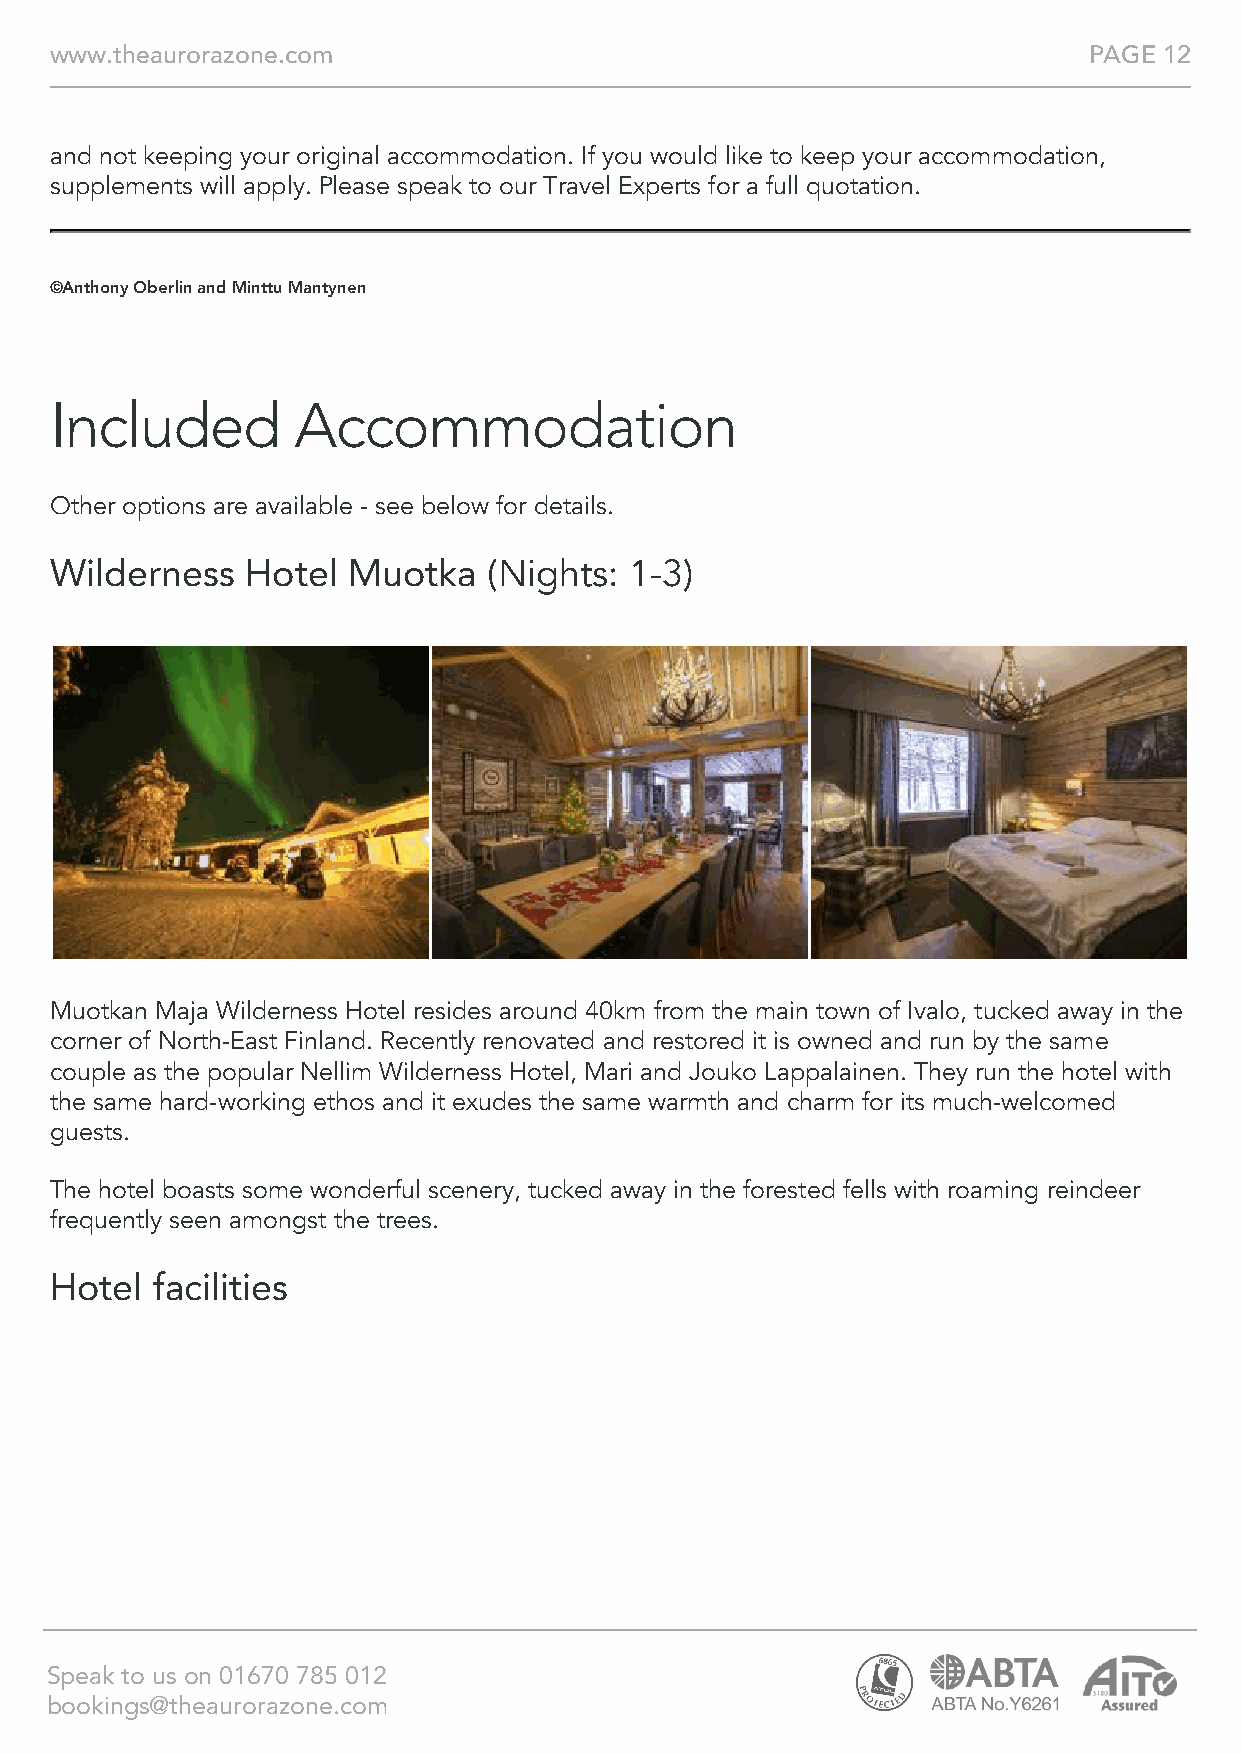
www.theaurorazone.com                                                PAGE 12
 and not keeping your original accommodation. If you would like to keep your accommodation,
 supplements will apply. Please speak to our Travel Experts for a full quotation.
 ©Anthony Oberlin and Minttu Mantynen
 Included        Accommodation
 Other options are available - see below for details.
 Wilderness   Hotel  Muotka   (Nights:  1-3)
 Muotkan Maja Wilderness Hotel resides around 40km from the main town of Ivalo, tucked away in the
 corner of North-East Finland. Recently renovated and restored it is owned and run by the same
 couple as the popular Nellim Wilderness Hotel, Mari and Jouko Lappalainen. They run the hotel with
 the same hard-working ethos and it exudes the same warmth and charm for its much-welcomed
 guests.
 The hotel boasts some wonderful scenery, tucked away in the forested fells with roaming reindeer
 frequently seen amongst the trees.
 Hotel  facilities
 Speak to us on 01670 785 012
 bookings@theaurorazone.com